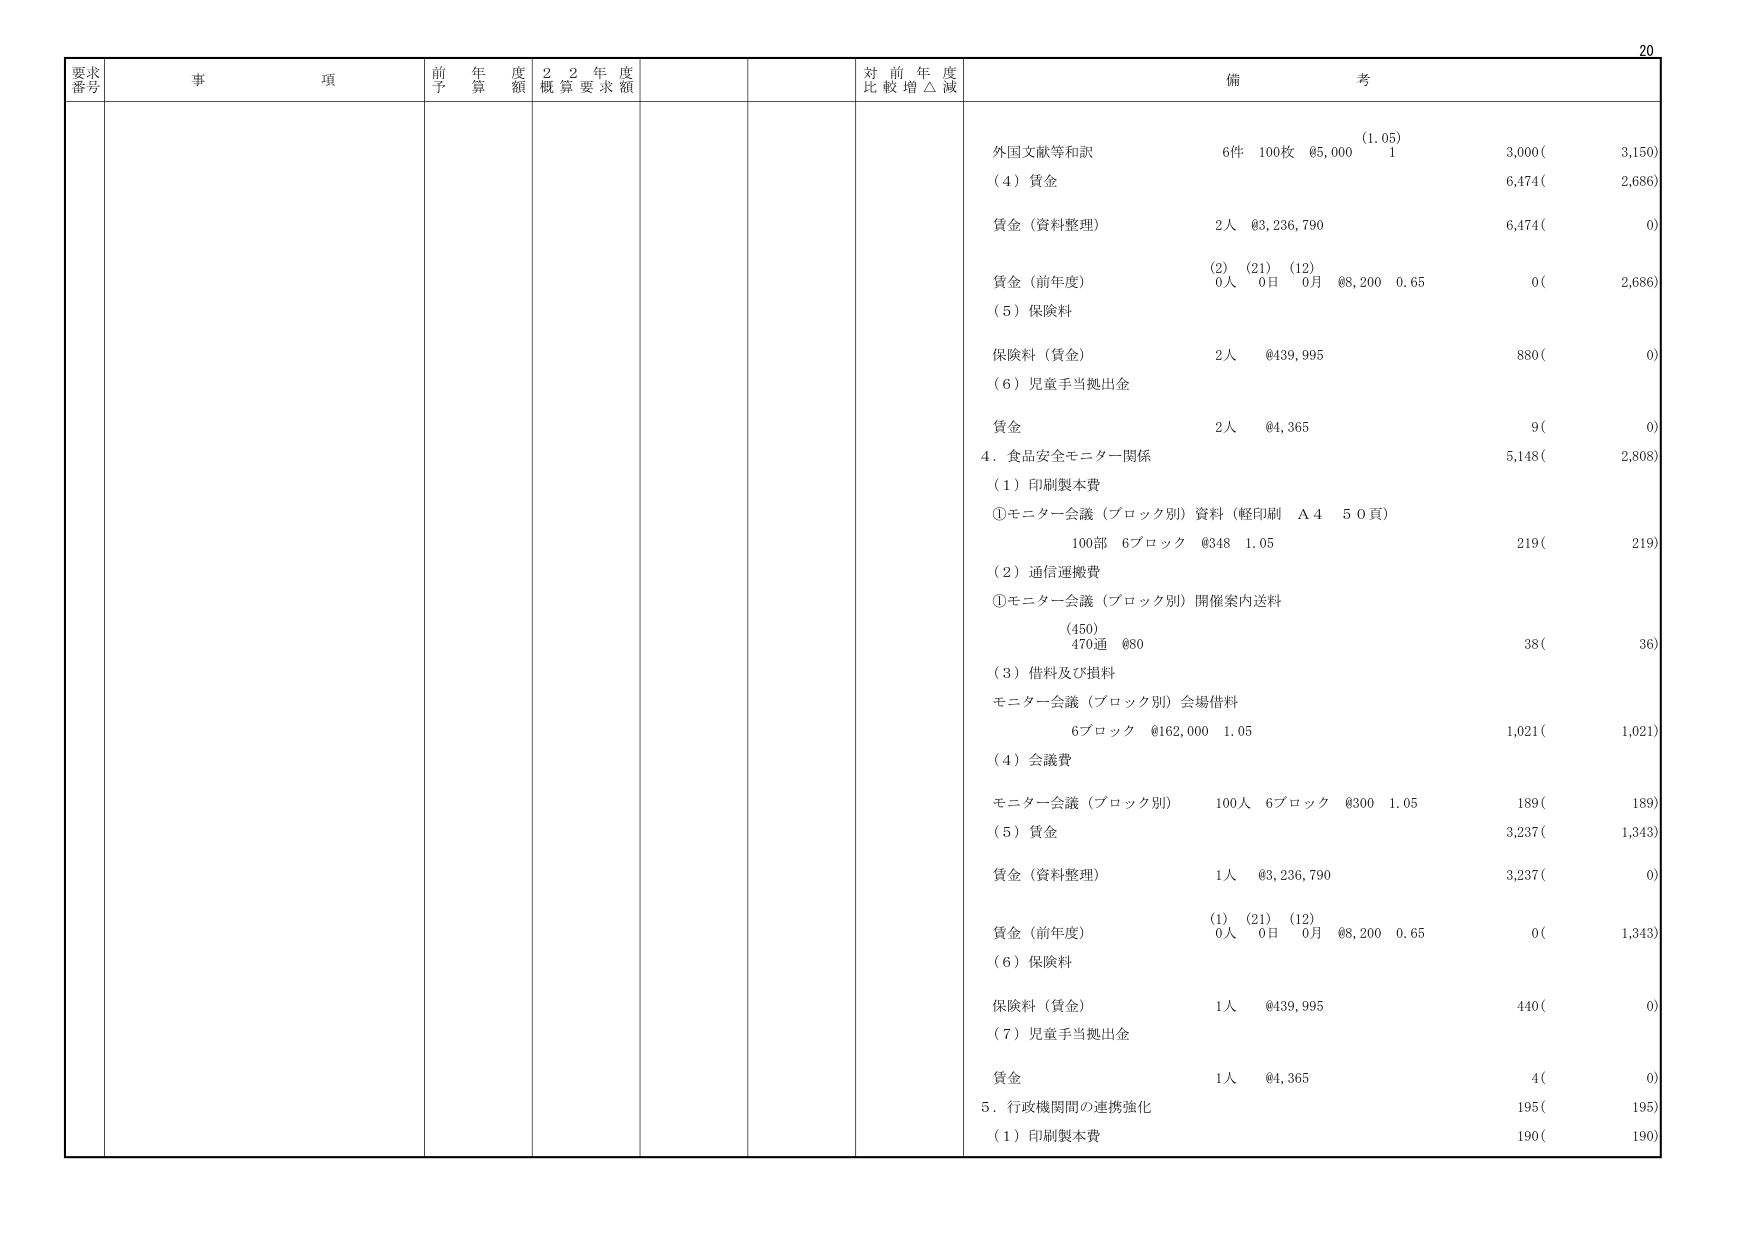
要求番号 事項 前年度予算額 22年度概算要求額 対前年度比較増△減 備考
外国文献等和訳 6件 100枚 @5,000 (1.05) 3,000( 3,150)
(4) 賃金 6,474( 2,686)
賃金（資料整理） 2人 @3,236,790 6,474( 0)
賃金（前年度） (2) (21) (12) 0人 0日 0月 @8,200 0.65 0( 2,686)
(5) 保険料
保険料（賃金） 2人 @439,995 880( 0)
(6) 児童手当拠出金
賃金 2人 @4,365 9( 0)
4．食品安全モニター関係 5,148( 2,808)
(1) 印刷製本費
①モニター会議（ブロック別）資料（軽印刷 A4 50頁） 100部 6ブロック @348 1.05 219( 219)
(2) 通信運搬費
①モニター会議（ブロック別）開催案内送料 (450) 470通 @80 38( 36)
(3) 借料及び損料
モニター会議（ブロック別）会場借料 6ブロック @162,000 1.05 1,021( 1,021)
(4) 会議費
モニター会議（ブロック別） 100人 6ブロック @300 1.05 189( 189)
(5) 賃金 3,237( 1,343)
賃金（資料整理） 1人 @3,236,790 3,237( 0)
賃金（前年度） (1) (21) (12) 0人 0日 0月 @8,200 0.65 0( 1,343)
(6) 保険料
保険料（賃金） 1人 @439,995 440( 0)
(7) 児童手当拠出金
賃金 1人 @4,365 4( 0)
5．行政機関間の連携強化 195( 195)
(1) 印刷製本費 190( 190)